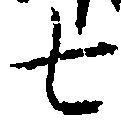
七